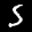
Label: 5